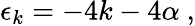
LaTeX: \epsilon_{k}=-4k-4\alpha\ ,